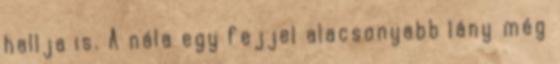
hallja is. A nála egy fejjel alacsonyabb lány még